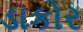
ડાકોર